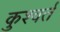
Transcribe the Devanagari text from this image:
कुश्वर्त